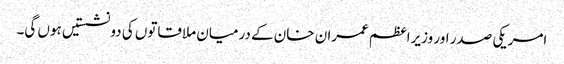
امریکی صدر اور وزیراعظم عمران خان کے درمیان ملاقاتوں کی دو نشستیں ہوں گی۔